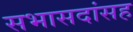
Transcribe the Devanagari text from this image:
सभासदांसह